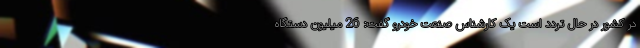
در کشور در حال تردد است یک کارشناس صنعت خودرو گفت: 26 میلیون دستگاه